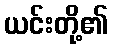
ယင်းတို့၏